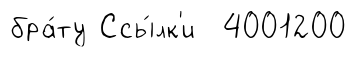
бра́ту Ссы́лк'и 4001200